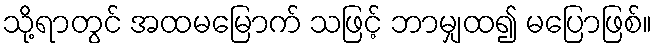
သို့ရာတွင် အထမမြောက် သဖြင့် ဘာမျှထ၍ မပြောဖြစ်။